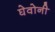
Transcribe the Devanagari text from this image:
घेवोनी